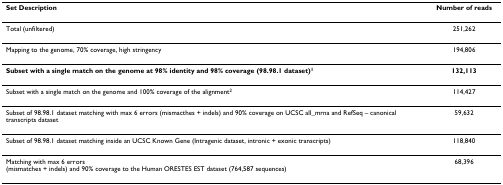
| Set Description | Number of reads |
 | --- | --- |
 | Total (unfiltered) | 251,262 |
 | Mapping to the genome, 70% coverage, high stringency | 194,806 |
 | Subset with a single match on the genome at 98% identity and 98% coverage (98.98.1 dataset)1 | 132,113 |
 | Subset with a single match on the genome and 100% coverage of the alignment2 | 114,427 |
 | Subset of 98.98.1 dataset matching with max 6 errors (mismacthes + indels) and 90% coverage on UCSC all_mrna and RefSeq – canonical transcripts dataset | 59,632 |
 | Subset of 98.98.1 dataset matching inside an UCSC Known Gene (Intragenic dataset, intronic + exonic transcripts) | 118,840 |
 | Matching with max 6 errors (mismatches + indels) and 90% coverage to the Human ORESTES EST dataset (764,587 sequences) | 68,396 |